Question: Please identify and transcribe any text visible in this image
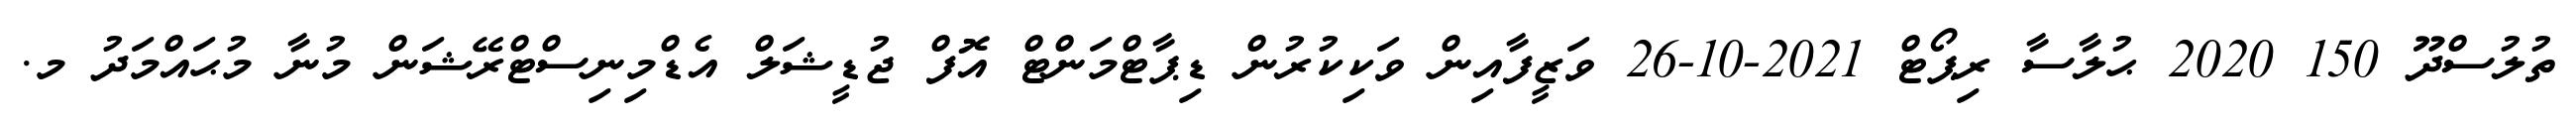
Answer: ތުލުސްދޫ 150 2020 ޙުލާސާ ރިޕޯޓް 2021-10-26 ވަޒީފާއިން ވަކިކުރުން ޑިޕާޓްމަންޓް އޮފް ޖުޑީޝަލް އެޑްމިނިސްޓްރޭޝަން މުނާ މުޙައްމަދު މ.